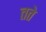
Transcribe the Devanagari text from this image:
तते